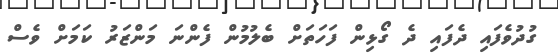
ގުދުވެފައި ދެފައި ދެ ގޯޅިން ފަހަތަށް ބެލުމުން ފެންނަ މަންޒަރު ކަމަށް ވެސް